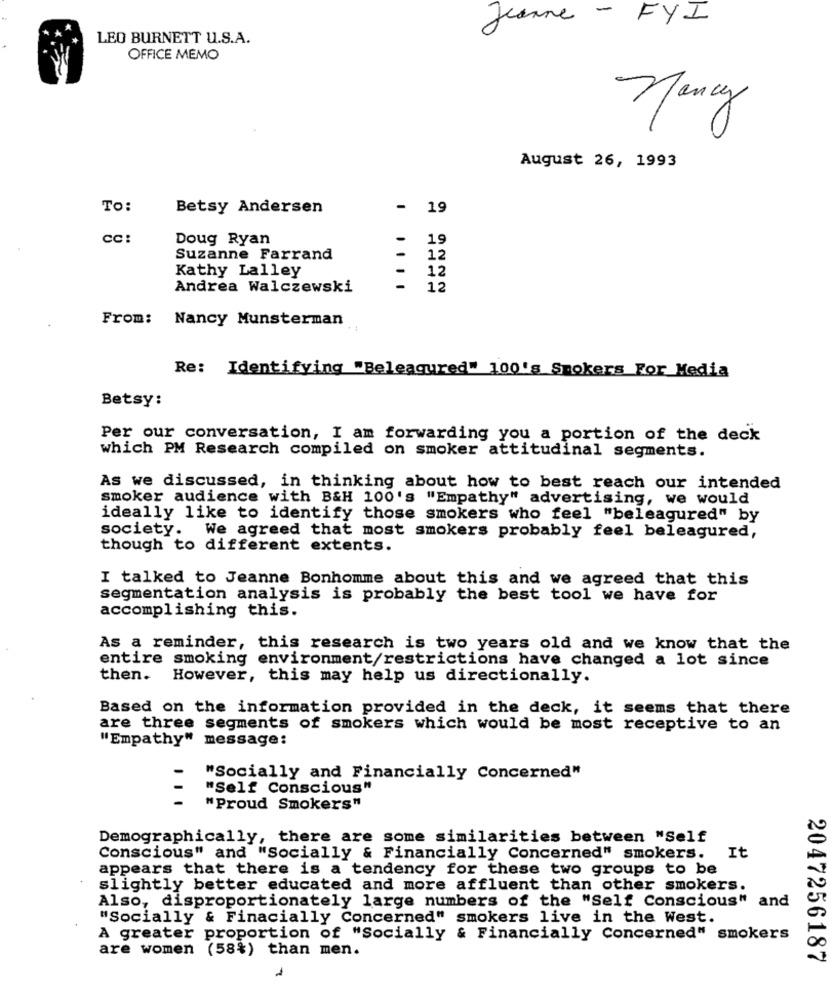
Jeanne - FYI
LEO BURNETT U.S.A.
OFFICE MEMO
nancy
August 26, 1993
TO:
Betsy Andersen
- 19
cc:
Doug Ryan
-
19
Suzanne Farrand
-
12
Kathy Lalley
-
12
Andrea Walczewski
12
From: Nancy Munsterman
Re: Identifying "Beleagured" 100's Smokers For Media
Betsy:
Per our conversation, I am forwarding you a portion of the deck
which PM Research compiled on smoker attitudinal segments.
As we discussed, in thinking about how to best reach our intended
smoker audience with B&H 100's "Empathy" advertising, we would
ideally like to identify those smokers who feel "beleagured" by
society. We agreed that most smokers probably feel beleagured,
though to different extents.
I talked to Jeanne Bonhomme about this and we agreed that this
segmentation analysis is probably the best tool we have for
accomplishing this.
As a reminder, this research is two years old and we know that the
entire smoking environment/restrictions have changed a lot since
then. However, this may help us directionally.
Based on the information provided in the deck, it seems that there
are three segments of smokers which would be most receptive to an
"Empathy"
message:
"Socially and Financially Concerned"
"Self Conscious"
"Proud Smokers"
Demographically, there are some similarities between "Self
Conscious" and "Socially & Financially Concerned" smokers.
It
appears that there is a tendency for these two groups to be
slightly better educated and more affluent than other smokers.
Also, disproportionately large numbers of the "Self Conscious" and
"Socially & Finacially Concerned" smokers live in the West.
A greater proportion of "Socially & Financially Concerned" smokers
are women (58%) than men.
٢
2047256187